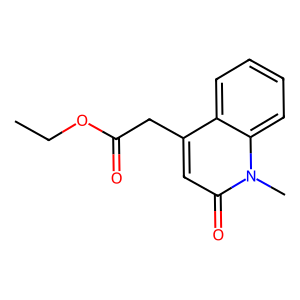
SMILES: CCOC(=O)Cc1cc(=O)n(C)c2ccccc12
Inhibits HIV replication: No